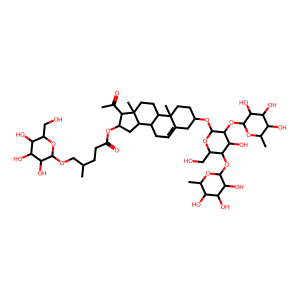
SMILES: CC(=O)C1C(OC(=O)CCC(C)COC2OC(CO)C(O)C(O)C2O)CC2C3CC=C4CC(OC5OC(CO)C(OC6OC(C)C(O)C(O)C6O)C(O)C5OC5OC(C)C(O)C(O)C5O)CCC4(C)C3CCC21C
Inhibits HIV replication: No